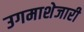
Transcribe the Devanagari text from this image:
उगमाशेजारी